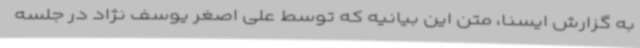
به گزارش ایسنا، متن این بیانیه که توسط علی اصغر یوسف نژاد در جلسه